Vaccination in Bombay 1863-1868 - 1863-1868
Year: 1863
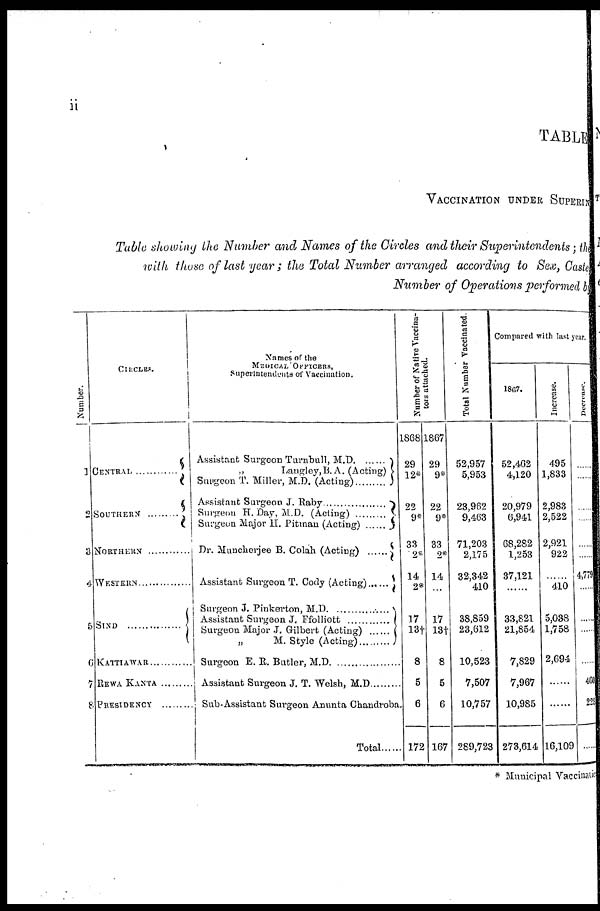
ii
TABLE
VACCINATION UNDER SUPERIN
Table showing the Number and Names of the Circles and their Superintendents; the
with those of last year; the Total Number arranged according to Sex, Caste
Number of Operations performed by
Number.
1
2
3
4
5
6
7
8
CIRCLES.
CENTRAL ............
SOUTHERN ..........
NORTHERN
WESTERN ............
SIND ................
KATTIAWAR ................
REWA KANTA ..........
PRESIDENCY ..........
Names of the
MEDICAL OFFICERS,
Superintendents of Vaccination.
Assistant Surgeon Turnbull, M.D
„
Langley.B. A. (Acting)
Surgeon T. Miller, M.D. (Acting)
Assistant Surrgeon J.
Raby............
Surgeon H. Day, M.D. (Acting)
...........
Surgeon Major H. Pitman (Acting)
......
Dr. Muncherjee B. Colah
(Acting)......
Assistant Surgeon T. Cody
(Acting)......
Surgeon J. Pinkerton,
M.D.
................
Assistant Surgeon J. Ffolliott
..........
Surgeon Major J. Gilbert (Acting)
......
„
M. Style (Acting)
Surgeon E. R. Butler,
M.D.
............
Assistant Surgeon J. T. Welsh, M.D. ..........
Sub-Assistant Surgeon Anunta Chandroba.
Total......
Number of Native Vaccina¬
tors attached.
1868
29
12*
22
9*
33
2*
14
2*
17
13†
8
5
6
172
1867
29
9*
22
9*
33
2*
14
...
17
13†
8
5
6
167
Total Number Vaccinated.
52,957
5,953
23,962
9,463
71,203
2,175
32,342
410
38,859
23,612
10,523
7,507
10,757
289,723
Compared with last year.
1867.
52,462
4,120
20,979
6,941
68,282
1,253
37,121
......
33,821
21,854
7,829
7,967
10,985
273,614
Increase.
495
1,833
2,983
2,522
2,921
922
......
410
5,038
1,758
2,694
......
......
16,109
Decrease.
......
......
....
......
......
4,79
.....
....
.....
.....
460
228
* Municipal Vaccinatio